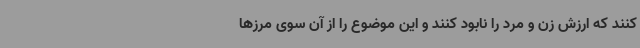
کنند که ارزش زن و مرد را نابود کنند و این موضوع را از آن سوی مرزها